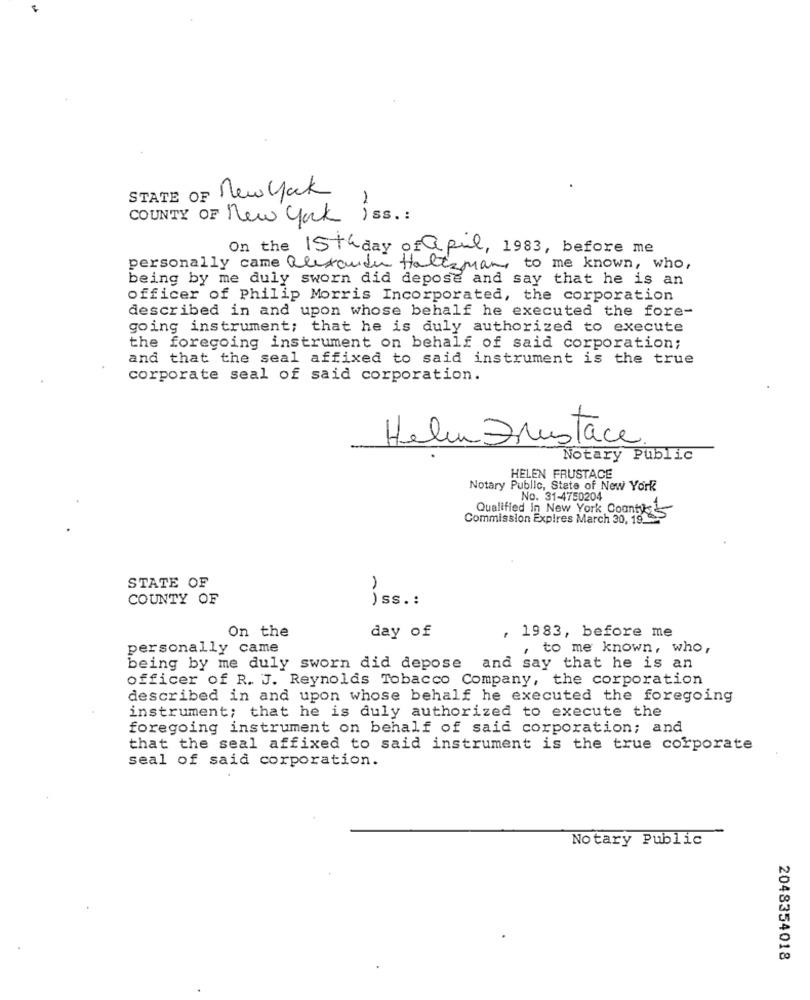
STATE OF New york
1
COUNTY OF New york iss .:
On the 15th day of apul, 1983, before me
personally came alexander Holtzmany to me known, who,
being by me duly sworn did depose and say that he is an
officer of Philip Morris Incorporated, the corporation
described in and upon whose behalf he executed the fore-
going instrument; that he is duly authorized to execute
the foregoing instrument on behalf of said corporation;
and that the seal affixed to said instrument is the true
corporate seal of said corporation.
Helen Frustace.
Notary Public
HELEN FRUSTACE
Notary Public, State of New York
No. 31-4750204
Qualified in New York County
Commission Expires March 30, 19
STATE OF
COUNTY OF
)ss .:
On the
day of
, 1983, before me
personally came
, to me known, who,
being by me duly sworn did depose and say that he is an
officer of R. J. Reynolds Tobacco Company, the corporation
described in and upon whose behalf he executed the foregoing
instrument; that he is duly authorized to execute the
foregoing instrument on behalf of said corporation; and
that the seal affixed to said instrument is the true corporate
seal of said corporation.
Notary Public
2048354018